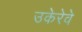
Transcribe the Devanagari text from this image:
उकेरेवे